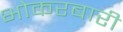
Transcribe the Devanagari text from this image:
भोकरबारी